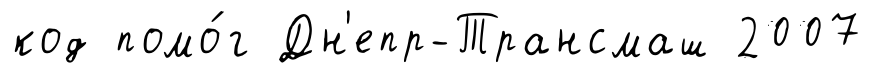
код помо́г Дн'епр-Трансмаш 2007